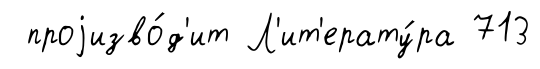
проjизво́д'ит Л'ит'ерату́ра 713